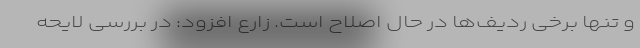
و تنها برخی ردیف‌ها در حال اصلاح است. زارع افزود: در بررسی لایحه